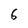
Character: 6